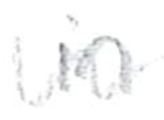
Text: in
Cross-out: wave
Writing tool: pencil